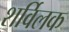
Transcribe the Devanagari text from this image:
शर्विलक